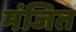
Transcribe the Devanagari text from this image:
मंजित